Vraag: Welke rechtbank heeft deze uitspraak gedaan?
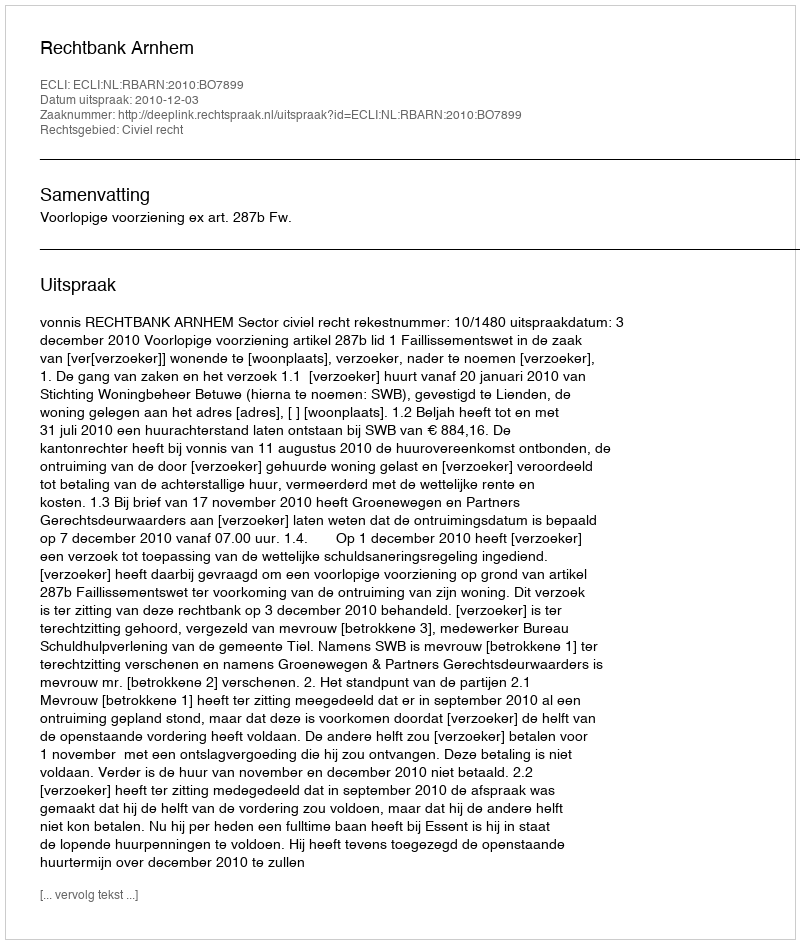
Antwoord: Rechtbank Arnhem